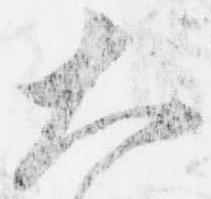
大